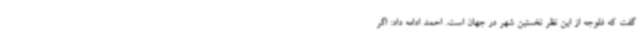
گفت که فلوجه از این نظر نخستین شهر در جهان است. احمد ادامه داد: اگر